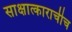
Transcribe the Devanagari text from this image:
साक्षात्काराचीच